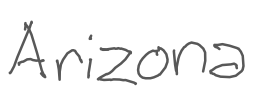
Text: Arizona
Cross-out: clean
Writing tool: digital_gray